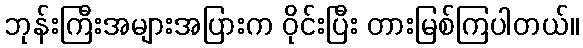
ဘုန်းကြီးအများအပြားက ဝိုင်းပြီး တားမြစ်ကြပါတယ်။